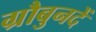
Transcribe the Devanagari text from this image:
ग्रौबुनदें